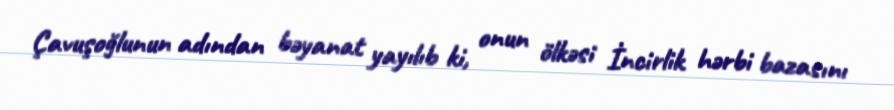
Çavuşoğlunun adından bəyanat yayılıb ki, onun ölkəsi İncirlik hərbi bazasını